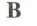
B